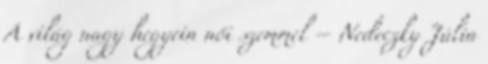
A világ nagy hegyein női szemmel – Nedeczky Júlia